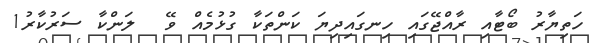
ހަތިޔާރު ބޯޓާއި ރާއްޖޭގައި ހިނގައިދިޔަ ކަންތަކާ ގުޅުމެއް ވޭ  ލަންކާ ސަރުކާރު1